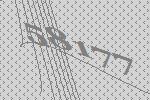
58177